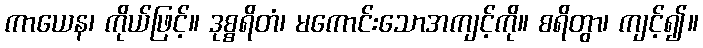
ကာယေန၊ ကိုယ်ဖြင့်။ ဒုစ္စရိတံ၊ မကောင်းသောအကျင့်ကို။ စရိတွာ၊ ကျင့်၍။